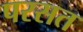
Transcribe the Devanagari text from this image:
परसत